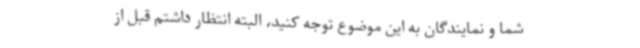
شما و نمایندگان به این موضوع توجه کنید، البته انتظار داشتم قبل از